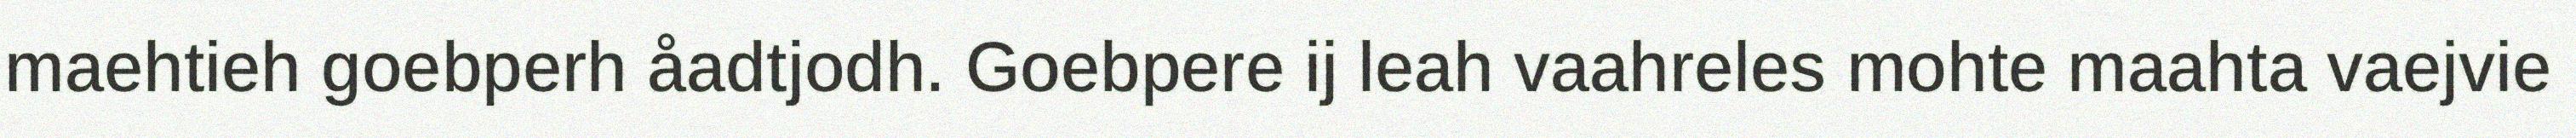
maehtieh goebperh åadtjodh. Goebpere ij leah vaahreles mohte maahta vaejvie